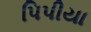
પિપીયા